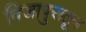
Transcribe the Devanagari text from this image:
विजापुरातून